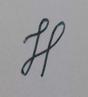
Signature authenticity: genuine